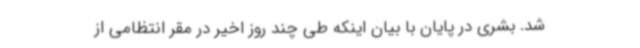
شد. بشری در پایان با بیان اینکه طی چند روز اخیر در مقر انتظامی از